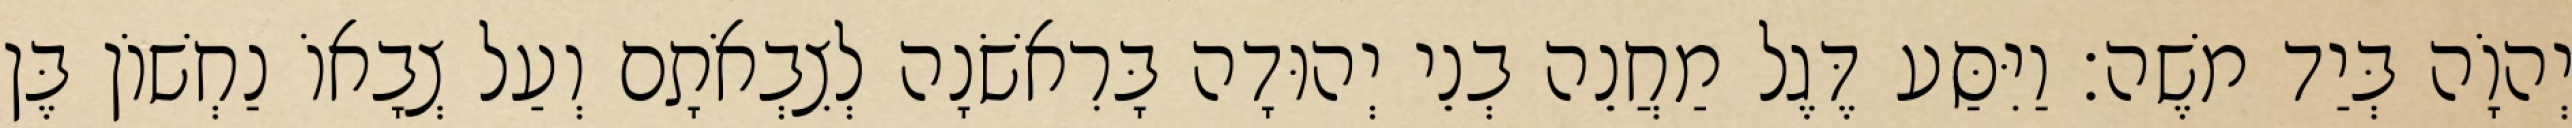
יְהוָֹה בְּיַד משֶׁה׃ וַיִּסַּע דֶּגֶל מַחֲנֵה בְנֵי יְהוּדָה בָּרִאשֹׁנָה לְצִבְאֹתָם וְעַל צְבָאוֹ נַחְשׁוֹן בֶּן